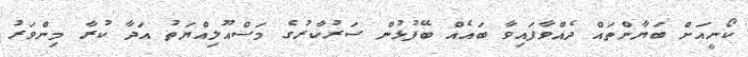
ކޯނީއަށް ބަޔާންތައް ދެއްވާފައިވާ ބައެއް ބޭފުޅުން ސަރުކާރުގެ މަސްއޫލިއްޔަތު އަދާ ކުރާ މިންވަރު